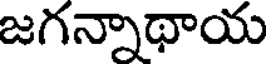
జగన్నాథాయ